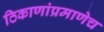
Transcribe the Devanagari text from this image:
ठिकाणांप्रमाणेच